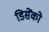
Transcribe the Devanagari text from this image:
डिसेंको